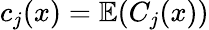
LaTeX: c_{j}(x)=\mathbb{E}(C_{j}(x))